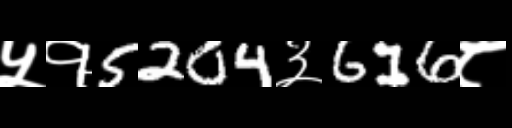
Text: ५१5204३616८